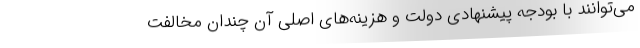
می‌توانند با بودجه پیشنهادی دولت و هزینه‌های اصلی آن چندان مخالفت